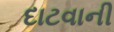
દાટવાની